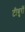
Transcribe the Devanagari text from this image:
टीबुरों